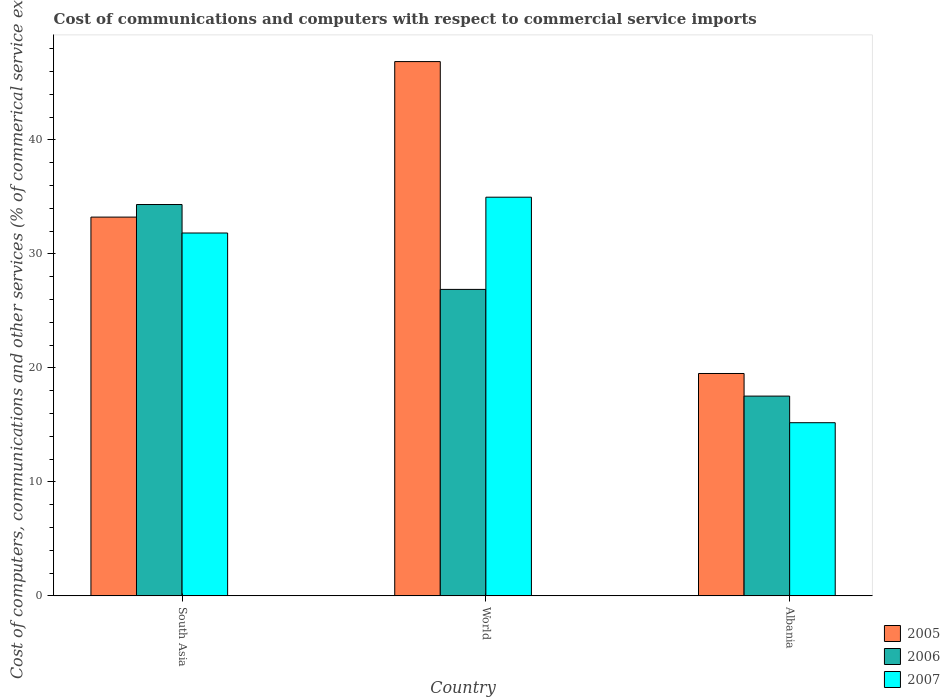
| Country | 2005 | 2006 | 2007 |
 | --- | --- | --- | --- |
 | South Asia | 33.2 | 34.3 | 31.8 |
 | World | 46.9 | 26.9 | 35 |
 | Albania | 19.5 | 17.5 | 15.2 |